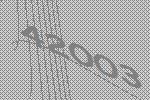
42003